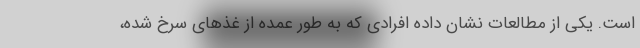
است. یکی از مطالعات نشان داده افرادی که به طور عمده از غذهای سرخ شده،